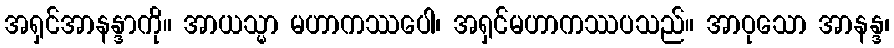
အရှင်အာနန္ဒာကို။ အာယသ္မာ မဟာကဿပေါ၊ အရှင်မဟာကဿပသည်။ အာဝုသော အာနန္ဒ၊